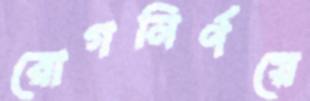
রোগনির্ণয়ে